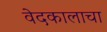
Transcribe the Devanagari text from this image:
वेदकालाचा